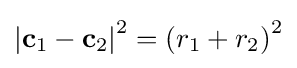
\left|\mathbf {c} _{1}-\mathbf {c} _{2}\right|^{2}=\left(r_{1}+r_{2}\right)^{2}